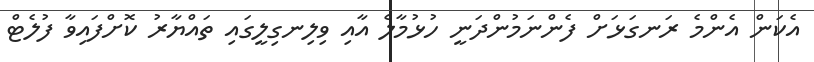
އެކަން އެންމެ ރަނގަޅަށް ފެންނަމުންދަނީ ހުޅުމާލެ އާއި ވިލިނގިލީގައި ތައްޔާރު ކޮށްފައިވާ ފުލެޓް